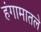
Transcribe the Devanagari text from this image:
हंगामातले